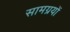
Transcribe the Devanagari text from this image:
सामग्रयों